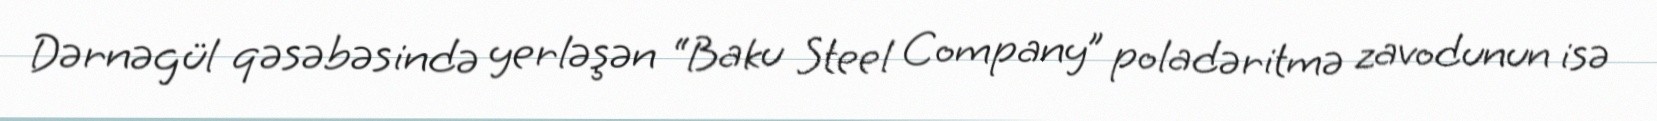
Dərnəgül qəsəbəsində yerləşən “Baku Steel Company” poladəritmə zavodunun isə